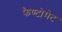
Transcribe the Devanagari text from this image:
फैण्टोमेट